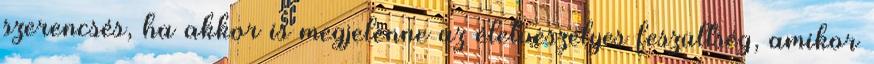
szerencsés, ha akkor is megjelenne az életveszélyes feszültség, amikor